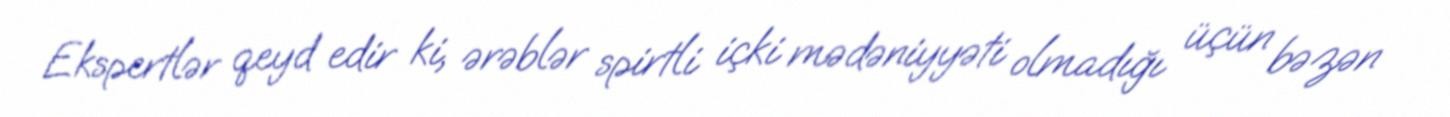
Ekspertlər qeyd edir ki, ərəblər spirtli içki mədəniyyəti olmadığı üçün bəzən